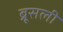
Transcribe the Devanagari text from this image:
ब्रूसली